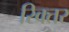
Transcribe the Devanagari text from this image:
रिक्तर